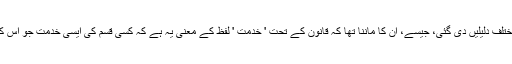
شکایت کاروں کے ذریعے صارفی عدالتوں میں مختلف دلیلیں دی گئی، جیسے، اُن کا ماننا تھا کہ قانون کے تحت ' خدمت ' لفظ کے معنی یہ ہے کہ کِسی قسم کی ایسی خدمت جو اُس کے ممکنہ استعمال کنندہ کو میسّر کرائی جاتی ہیں۔